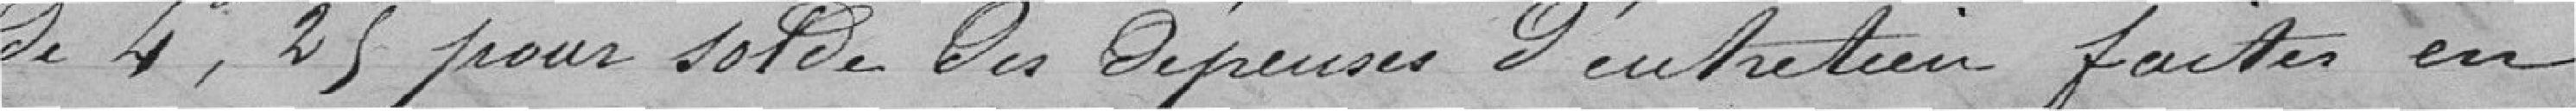
de 4 francs, 25 centimes pour le solde des dépenses d'entretien faites en